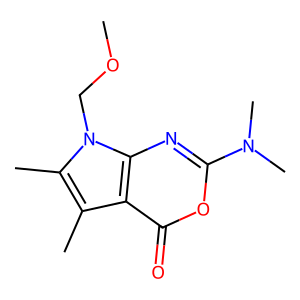
SMILES: COCn1c(C)c(C)c2c(=O)oc(N(C)C)nc21
Inhibits HIV replication: No